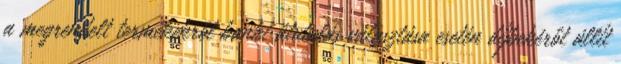
a megrendelt termékekről banki átutalás választása esetén díjbekérőt állít